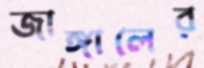
জাঙ্গালের